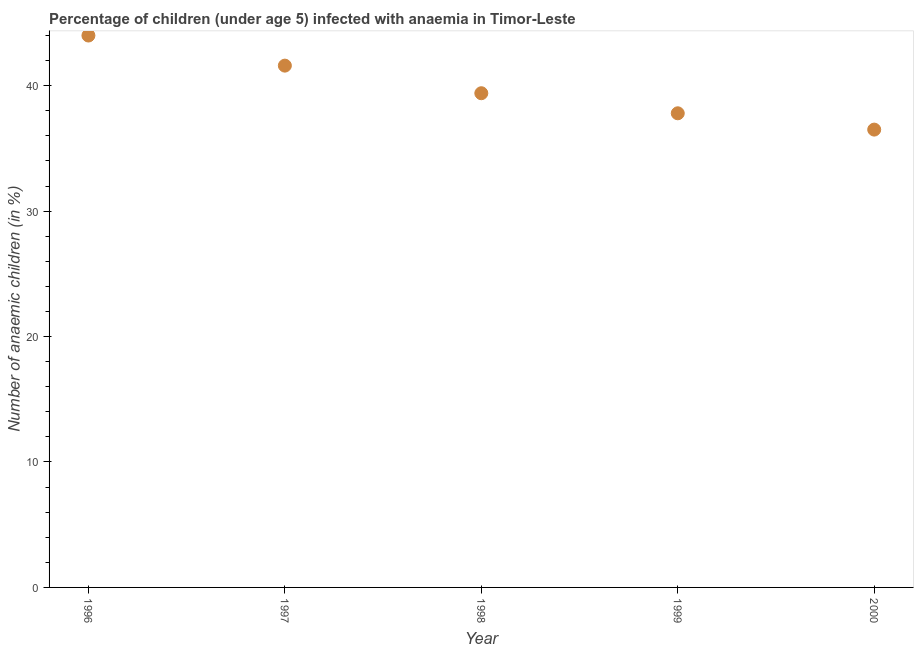
| Year | Prevalence of anemia among children |
 | --- | --- |
 | 1996 | 44 |
 | 1997 | 41.6 |
 | 1998 | 39.4 |
 | 1999 | 37.8 |
 | 2000 | 36.5 |